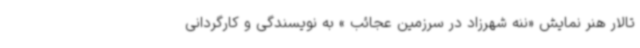
تالار هنر نمایش «ننه شهرزاد در سرزمین عجائب » به نویسندگی و کارگردانی